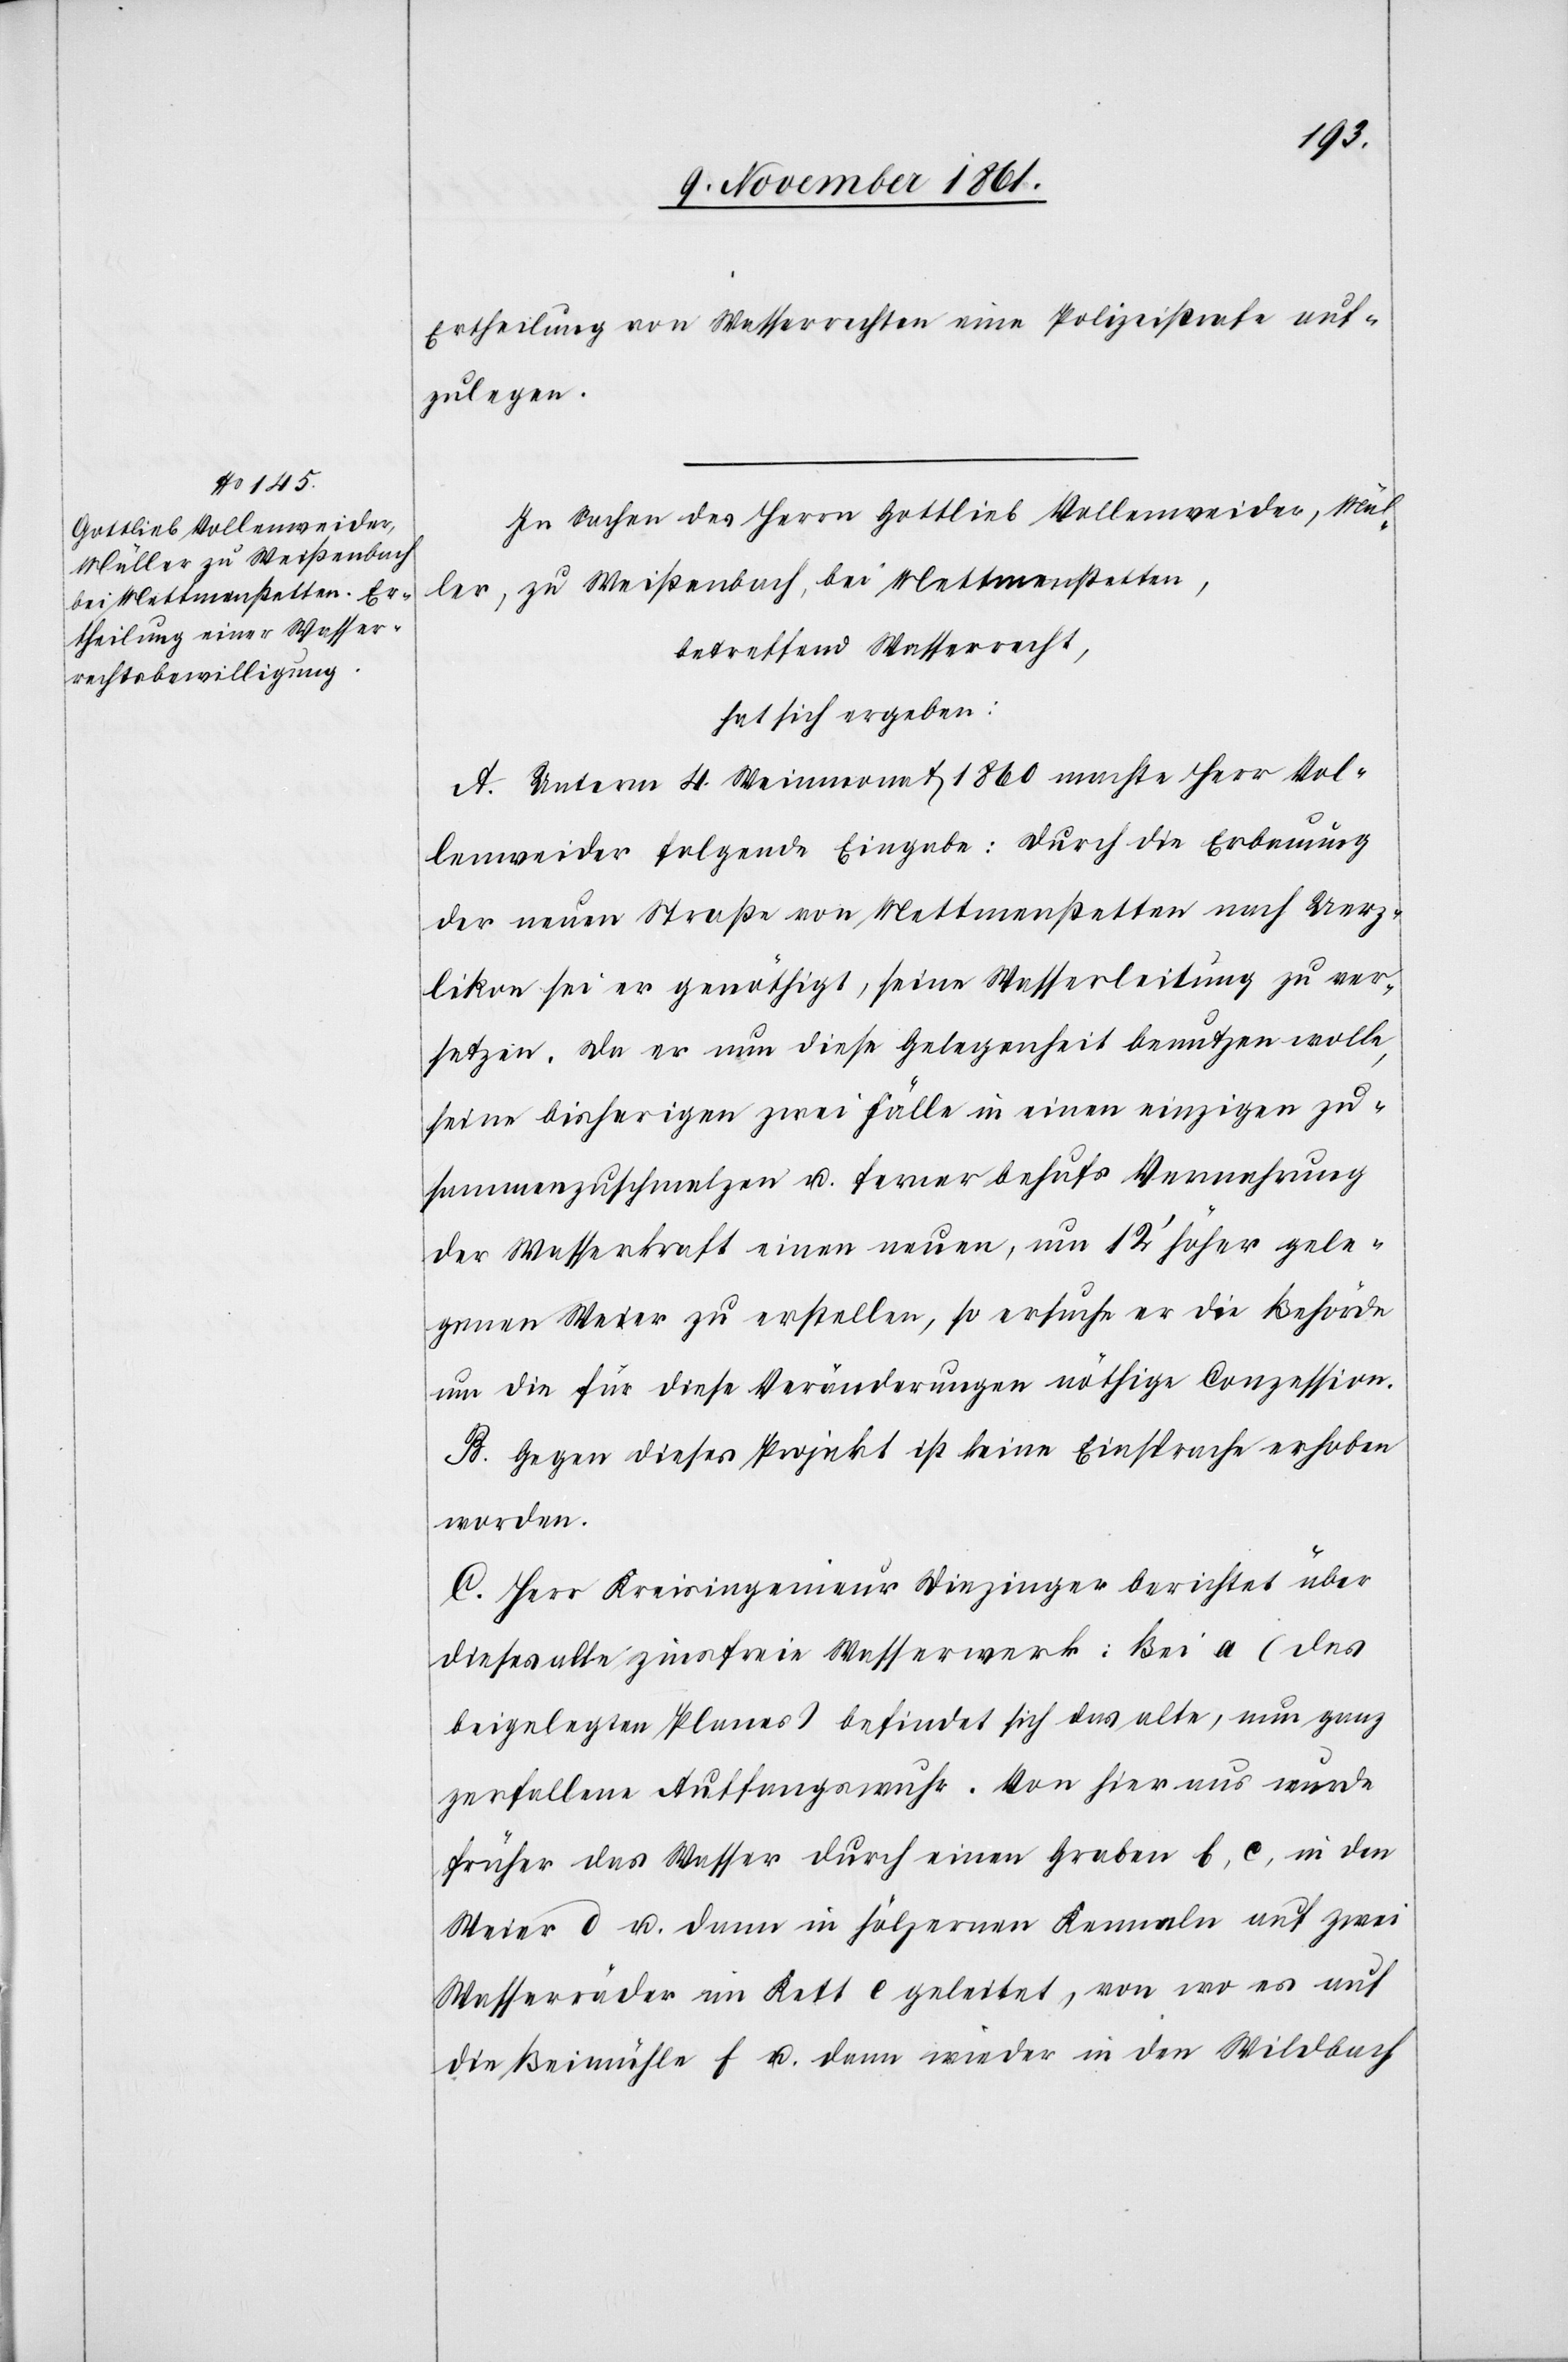
Ertheilung von Wasserrechten eine Polizeistrafe auf¬
zulegen.
In Sachen des Herrn Gottlieb Vollenweider, Mül¬
ler, zu Weißenbach, bei Mettmenstetten,
betreffend Wasserrecht,
hat sich ergeben:
A. Unterm 4 Weinmonat 1860 machte Herr Vol¬
lenweider folgende Eingabe: Durch die Erbauung
der neuen Straße von Mettmenstetten nach Uerz¬
likon sei er genöthigt, seine Wasserleitung zu ver¬
setzen. Da er nun diese Gelegenheit benutzen wolle,
seine bisherigen zwei Fälle in einen einzigen zu¬
sammenzuschmelzen u. ferner behufs Vermehrung
der Wasserkraft einen neuen, um 12’ höher gele¬
genen Weier zu erstellen, so ersuche er die Behörde
um die für diese Veränderungen nöthige Conzession.
B. Gegen dieses Projekt ist keine Einsprache erhoben
worden.
C. Herr Kreisingenieur Diezinger berichtet über
dieses alte zinsfreie Wasserwerk: Bei a (des
beigelegten Planes) befindet sich das alte, nun ganz
zerfallene Auffangswuhr. Von hier aus wurde
früher das Wasser durch einen Graben b, c, in den
Weier d u. dann in hölzernen Kenneln auf zwei
Wasserräder im Kett e geleitet, von wo es auf
die Beimühle f u. dann wieder in den Wildbach